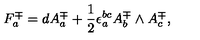
F _ { a } ^ { \mp } = d A _ { a } ^ { \mp } + { \frac { 1 } { 2 } } \epsilon _ { a } ^ { b c } A _ { b } ^ { \mp } \wedge A _ { c } ^ { \mp } ,